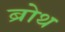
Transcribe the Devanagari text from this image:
ब्रोथ